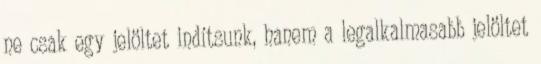
ne csak egy jelöltet indítsunk, hanem a legalkalmasabb jelöltet